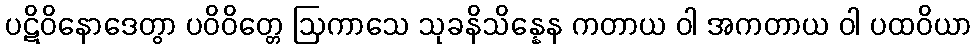
ပဋိဝိနောဒေတွာ ပဝိဝိတ္တေ ဩကာသေ သုခနိသိန္နေန ကတာယ ဝါ အကတာယ ဝါ ပထဝိယာ